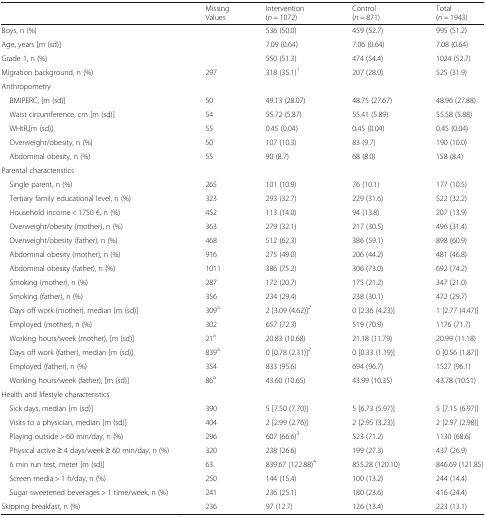
<table><thead><tr><td></td><td><b>Missing Values</b></td><td><b>Intervention (<i>n</i> = 1072)</b></td><td><b>Control (<i>n</i> = 871)</b></td><td><b>Total (<i>n</i> = 1943)</b></td></tr></thead><tbody><tr><td>Boys, n (%)</td><td></td><td>536 (50.0)</td><td>459 (52.7)</td><td>995 (51.2)</td></tr><tr><td>Age, years [m (sd)]</td><td></td><td>7.09 (0.64)</td><td>7.06 (0.64)</td><td>7.08 (0.64)</td></tr><tr><td>Grade 1, n (%)</td><td></td><td>550 (51.3)</td><td>474 (54.4)</td><td>1024 (52.7)</td></tr><tr><td>Migration background, n (%)</td><td>297</td><td>318 (35.1)<sup>1</sup></td><td>207 (28.0)</td><td>525 (31.9)</td></tr><tr><td colspan="5">Anthropometry</td></tr><tr><td> BMIPERC, [m (sd)]</td><td>50</td><td>49.13 (28.07)</td><td>48.75 (27.67)</td><td>48.96 (27.88)</td></tr><tr><td> Waist circumference, cm [m (sd)]</td><td>54</td><td>55.72 (5.87)</td><td>55.41 (5.89)</td><td>55.58 (5.88)</td></tr><tr><td> WHtR,[m (sd)]</td><td>55</td><td>0.45 (0.04)</td><td>0.45 (0.04)</td><td>0.45 (0.04)</td></tr><tr><td> Overweight/obesity, n (%)</td><td>50</td><td>107 (10.3)</td><td>83 (9.7)</td><td>190 (10.0)</td></tr><tr><td> Abdominal obesity, n (%)</td><td>55</td><td>90 (8.7)</td><td>68 (8.0)</td><td>158 (8.4)</td></tr><tr><td colspan="5">Parental characteristics</td></tr><tr><td> Single parent, n (%)</td><td>265</td><td>101 (10.9)</td><td>76 (10.1)</td><td>177 (10.5)</td></tr><tr><td> Tertiary family educational level, n (%)</td><td>323</td><td>293 (32.7)</td><td>229 (31.6)</td><td>522 (32.2)</td></tr><tr><td> Household income &lt; 1750 €, n (%)</td><td>452</td><td>113 (14.0)</td><td>94 (13.8)</td><td>207 (13.9)</td></tr><tr><td> Overweight/obesity (mother), n (%)</td><td>363</td><td>279 (32.1)</td><td>217 (30.5)</td><td>496 (31.4)</td></tr><tr><td> Overweight/obesity (father), n (%)</td><td>468</td><td>512 (62.3)</td><td>386 (59.1)</td><td>898 (60.9)</td></tr><tr><td> Abdominal obesity (mother), n (%)</td><td>916</td><td>275 (49.0)</td><td>206 (44.2)</td><td>481 (46.8)</td></tr><tr><td> Abdominal obesity (father), n (%)</td><td>1011</td><td>386 (75.2)</td><td>306 (73.0)</td><td>692 (74.2)</td></tr><tr><td> Smoking (mother), n (%)</td><td>287</td><td>172 (20.7)</td><td>175 (21.2)</td><td>347 (21.0)</td></tr><tr><td> Smoking (father), n (%)</td><td>356</td><td>234 (29.4)</td><td>238 (30.1)</td><td>472 (29.7)</td></tr><tr><td> Days off work (mother), median [m (sd)]</td><td>309<sup>a</sup></td><td>2 [3.09 (4.62)]<sup>2</sup></td><td>0 [2.36 (4.23)]</td><td>1 [2.77 (4.47)]</td></tr><tr><td> Employed (mother), n (%)</td><td>302</td><td>657 (72.3)</td><td>519 (70.9)</td><td>1176 (71.7)</td></tr><tr><td> Working hours/week (mother), [m (sd)]</td><td>21<sup>a</sup></td><td>20.83 (10.68)</td><td>21.18 (11.79)</td><td>20.99 (11.18)</td></tr><tr><td> Days off work (father), median [m (sd)]</td><td>839<sup>a</sup></td><td>0 [0.78 (2.31)]<sup>2</sup></td><td>0 [0.33 (1.19)]</td><td>0 [0.56 (1.87)]</td></tr><tr><td> Employed (father), n (%)</td><td>354</td><td>833 (95.6)</td><td>694 (96.7)</td><td>1527 (96.1)</td></tr><tr><td> Working hours/week (father), [m (sd)]</td><td>86<sup>a</sup></td><td>43.60 (10.65)</td><td>43.99 (10.35)</td><td>43.78 (10.51)</td></tr><tr><td colspan="5">Health and lifestyle characteristics</td></tr><tr><td> Sick days, median [m (sd)]</td><td>390</td><td>5 [7.50 (7.70)]</td><td>5 [6.73 (5.97)]</td><td>5 [7.15 (6.97)]</td></tr><tr><td> Visits to a physician, median [m (sd)]</td><td>404</td><td>2 [2.99 (2.76)]</td><td>2 [2.95 (3.23)]</td><td>2 [2.97 (2.98)]</td></tr><tr><td> Playing outside &gt; 60 min/day, n (%)</td><td>296</td><td>607 (66.6)<sup>3</sup></td><td>523 (71.2)</td><td>1130 (68.6)</td></tr><tr><td> Physical active ≥ 4 days/week ≥ 60 min/day, n (%)</td><td>320</td><td>238 (26.6)</td><td>199 (27.3)</td><td>437 (26.9)</td></tr><tr><td> 6 min run test, meter [m (sd)]</td><td>63</td><td>839.67 (122.88)<sup>4</sup></td><td>855.28 (120.10)</td><td>846.69 (121.85)</td></tr><tr><td> Screen media &gt; 1 h/day, n (%)</td><td>250</td><td>144 (15.4)</td><td>100 (13.2)</td><td>244 (14.4)</td></tr><tr><td> Sugar sweetened beverages &gt; 1 time/week, n (%)</td><td>241</td><td>236 (25.1)</td><td>180 (23.6)</td><td>416 (24.4)</td></tr><tr><td>Skipping breakfast, n (%)</td><td>236</td><td>97 (12.7)</td><td>126 (13.4)</td><td>223 (13.1)</td></tr></tbody></table>